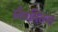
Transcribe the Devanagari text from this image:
लैबनितज़